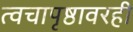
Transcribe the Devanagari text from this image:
त्वचापृष्ठावरही